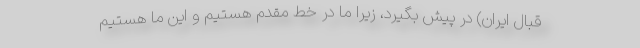
قبال ایران) در پیش بگیرد، زیرا ما در خط مقدم هستیم و این ما هستیم